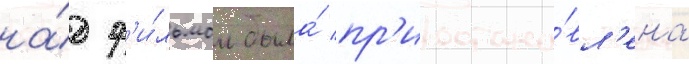
на́д ф'и́льмом была́ пр'иостано́вл'ена